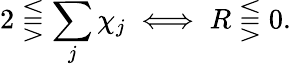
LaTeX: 2\lesseqqgtr\sum_{j}\chi_{j}\iff R\lesseqqgtr 0.